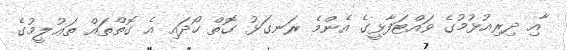
ާއި ދިރިއުޅުމުގެ ވައްޓަފާޅީގެ އެންމެ ރަނގަޅު ގޮތް ހޯދައި އެ ގޮތްތައް ތަޢުލީމުގެ